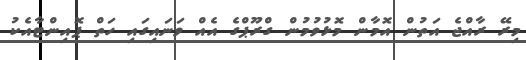
މިރޭ ރާއްޖެ އަތުން އޮމާން މޮޅުވުމުން ގްރޫޕްގެ އެއް ވަނައިގައި ހަތް ޕޮއިންޓާއެކު